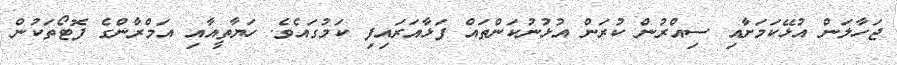
ޖަހާލަން އުޅޭކަމަށާއި ސިއްރުން ކުރަން އުޅުނުކަންތައް ފަޅާއަރައިފި ކަމުގައެވެ. ހަޔާތީއާއި އަމްރާންގެ ފޮޓޯތަކުން